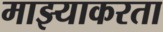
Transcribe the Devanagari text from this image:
माझ्याकरता